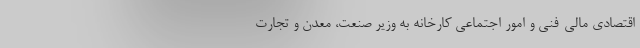
اقتصادی مالی-فنی و امور اجتماعی کارخانه به وزیر صنعت، معدن و تجارت